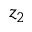
z _ { 2 }